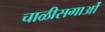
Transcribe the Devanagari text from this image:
चाळीसगाओं